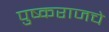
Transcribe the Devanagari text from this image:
पुष्कराजचे